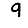
Digit: 9